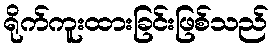
ရိုက်ကူးထားခြင်းဖြစ်သည်